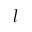
l